Destruction of fleas by exposure to the sun - Number 40
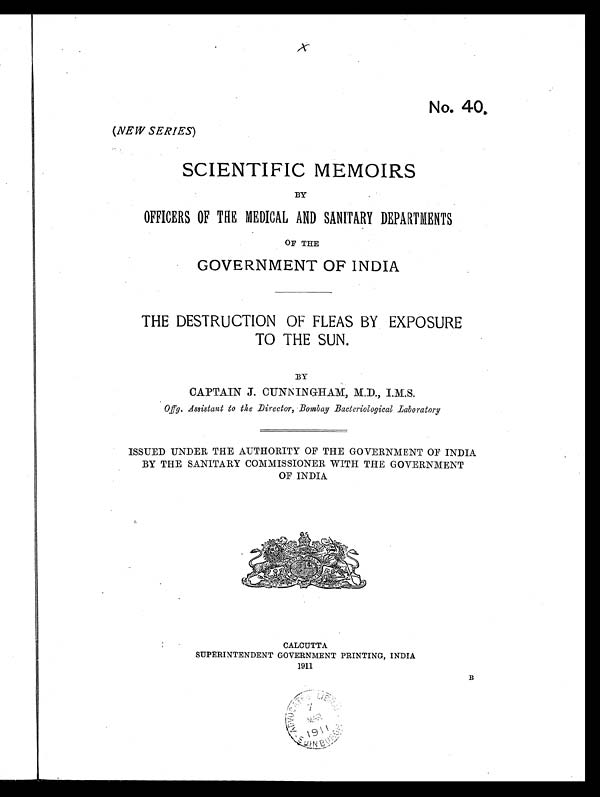
No. 40.
(NEW SERIES)
SCIENTIFIC MEMOIRS
BY
OFFICERS OF THE MEDICAL AND SANITARY DEPARTMENTS
OF THE
GOVERNMENT OF INDIA
THE DESTRUCTION OF FLEAS BY EXPOSURE
TO THE SUN.
BY
CAPTAIN J. CUNNINGHAM, M.D., I.M.S.
Offg. Assistant to the Director, Bombay Bacteriological Laboratory
ISSUED UNDER THE AUTHORITY OF THE GOVERNMENT OF INDIA
BY THE SANITARY COMMISSIONER WITH THE GOVERNMENT
OF INDIA
CALCUTTA
SUPERINTENDENT GOVERNMENT PRINTING, INDIA
1911